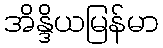
အိန္ဒိယမြန်မာ